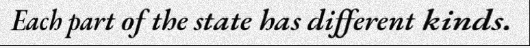
Each part of the state has different kinds.